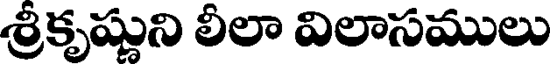
శ్రీకృష్ణుని లీలా విలాసములు